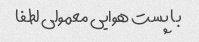
با پست هوایی معمولی لطفا